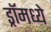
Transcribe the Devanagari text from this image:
ड्रॉमध्ये